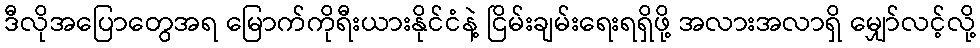
ဒီလိုအပြောတွေအရ မြောက်ကိုရီးယားနိုင်ငံနဲ့ ငြိမ်းချမ်းရေးရရှိဖို့ အလားအလာရှိ မျှော်လင့်လို့